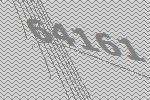
64161